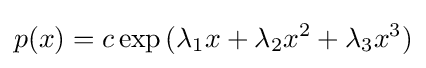
p(x)=c\exp {(\lambda _{1}x+\lambda _{2}x^{2}+\lambda _{3}x^{3})}